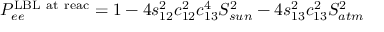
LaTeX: P _ { e e } ^ { \mathrm { L B L ~ a t ~ r e a c } } = 1 - 4 s _ { 1 2 } ^ { 2 } c _ { 1 2 } ^ { 2 } c _ { 1 3 } ^ { 4 } S _ { s u n } ^ { 2 } - 4 s _ { 1 3 } ^ { 2 } c _ { 1 3 } ^ { 2 } S _ { a t m } ^ { 2 }